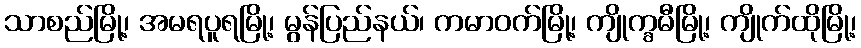
သာစည်မြို့၊ အမရပူရမြို့၊ မွန်ပြည်နယ်၊ ကမာဝက်မြို့၊ ကျိုက္ခမီမြို့၊ ကျိုက်ထိုမြို့၊